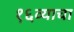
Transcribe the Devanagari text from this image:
१६व्याचा